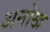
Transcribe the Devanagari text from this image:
अनोख